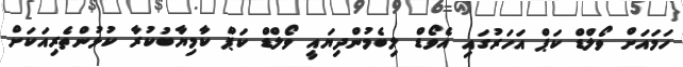
ހަމައަށް ވޯލްޑް ކަޕް އަހަރުގައި އެވޯޑް ލިބެމުންދިޔައީ ވޯލްޑް ކަޕް ކާމިޔާބުކުރާ ކުޅުންތެރިއަކަށް